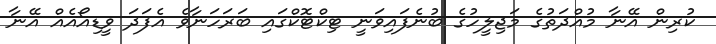
ކުރިން އޭނާ މުއްދަތުގެ މަޖިލީހުގެ ބުނެފައިވަނީ ޓިކްޓޮކްގައި ބަރަހަނާވެ އެފަދަ ވީޑިއޯއެއް އޭނާ